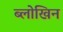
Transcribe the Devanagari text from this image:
ब्लोखिन